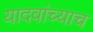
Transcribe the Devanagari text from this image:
यादवांच्याच